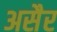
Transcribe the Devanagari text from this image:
असैर